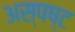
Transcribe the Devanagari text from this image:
अस्पष्ट